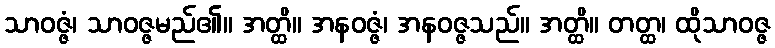
သာဝဇ္ဇံ၊ သာဝဇ္ဇမည်၏။ အတ္ထိ။ အနဝဇ္ဇံ၊ အနဝဇ္ဇသည်။ အတ္ထိ။ တတ္ထ၊ ထိုသာဝဇ္ဇ